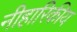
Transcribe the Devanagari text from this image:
नीहारिकीय